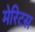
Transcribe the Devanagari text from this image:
मेरिटस